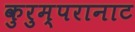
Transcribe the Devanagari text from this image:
कुरुम्परानाट